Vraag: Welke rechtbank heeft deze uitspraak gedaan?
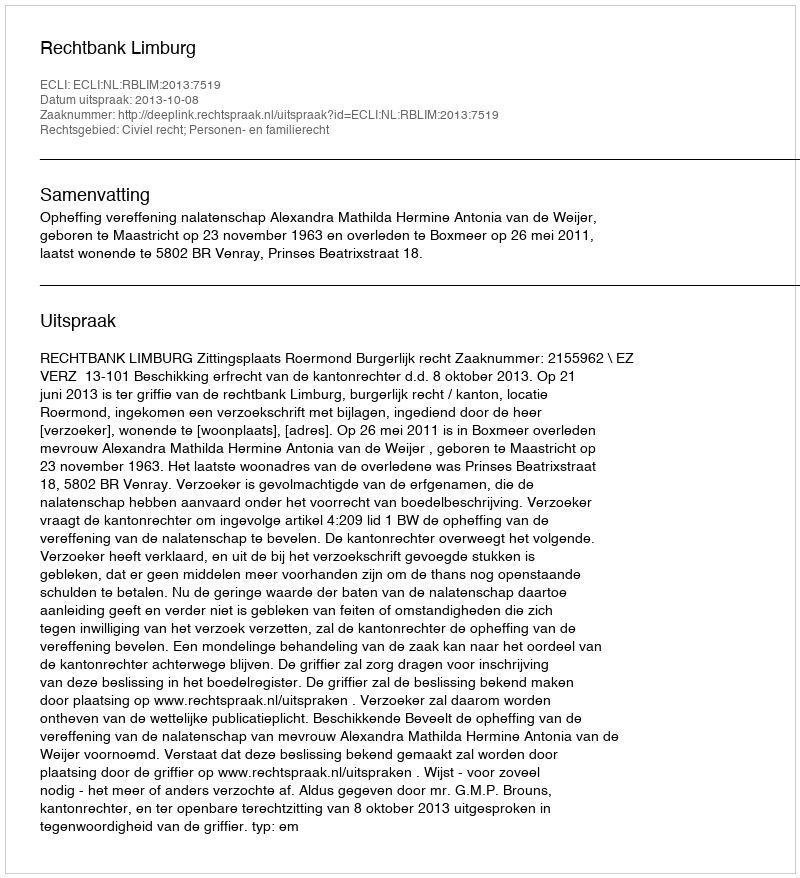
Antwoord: Rechtbank Limburg